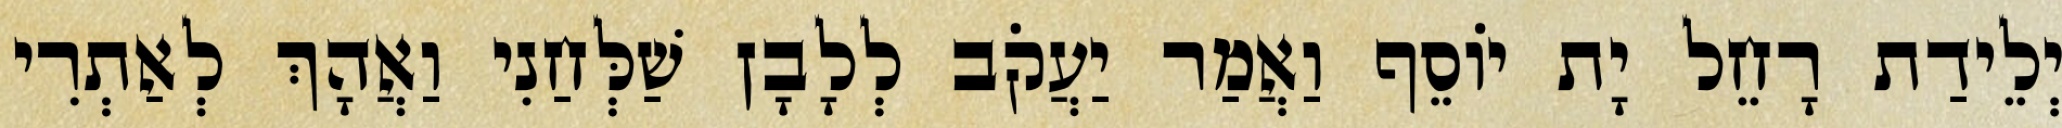
יְלֵידַת רָחֵל יָת יוֹסֵף וַאֲמַר יַעֲקֹב לְלָבָן שַׁלְּחַנִי וַאֲהָךְ לְאַתְרִי